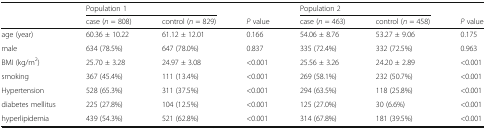
| <ROWSPAN=2>  | <COLSPAN=2> Population 1 |  | <COLSPAN=2> Population 2 |  |
 | case (n = 808) | control (n = 829) | P value | case (n = 463) | control (n = 458) | P value |
 | --- | --- | --- | --- | --- | --- | --- |
 | age (year) | 60.36 ± 10.22 | 61.12 ± 12.01 | 0.166 | 54.06 ± 8.76 | 53.27 ± 9.06 | 0.175 |
 | male | 634 (78.5%) | 647 (78.0%) | 0.837 | 335 (72.4%) | 332 (72.5%) | 0.963 |
 | BMI (kg/m2) | 25.70 ± 3.28 | 24.97 ± 3.08 | <0.001 | 25.56 ± 3.26 | 24.20 ± 2.89 | <0.001 |
 | smoking | 367 (45.4%) | 111 (13.4%) | <0.001 | 269 (58.1%) | 232 (50.7%) | <0.001 |
 | Hypertension | 528 (65.3%) | 311 (37.5%) | <0.001 | 294 (63.5%) | 118 (25.8%) | <0.001 |
 | diabetes mellitus | 225 (27.8%) | 104 (12.5%) | <0.001 | 125 (27.0%) | 30 (6.6%) | <0.001 |
 | hyperlipidemia | 439 (54.3%) | 521 (62.8%) | <0.001 | 314 (67.8%) | 181 (39.5%) | <0.001 |